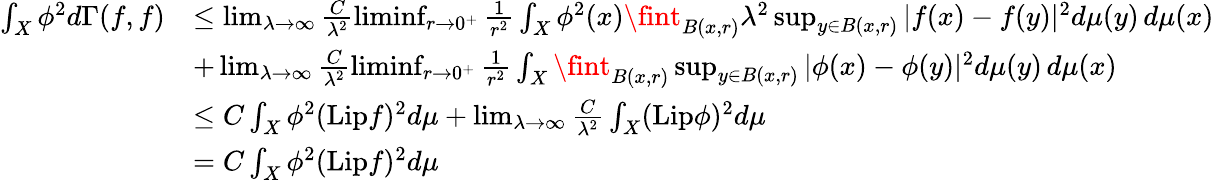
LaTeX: \begin{array}{rl}{\int_{X}\phi^{2}d\Gamma(f,f)}&{\leq\operatorname*{lim}_{\lambda\to\infty}\frac{C}{\lambda^{2}}\operatorname*{liminf}_{r\to 0^{+}}\frac{1}{r^{2}}\int_{X}\phi^{2}(x)\fint_{B(x,r)}\lambda^{2}\operatorname*{sup}_{y\in B(x,r)}|f(x)-f(y)|^{2}d\mu(y)\, d\mu(x)}\\ &{+\operatorname*{lim}_{\lambda\to\infty}\frac{C}{\lambda^{2}}\operatorname*{liminf}_{r\to 0^{+}}\frac{1}{r^{2}}\int_{X}\fint_{B(x,r)}\operatorname*{sup}_{y\in B(x,r)}|\phi(x)-\phi(y)|^{2}d\mu(y)\, d\mu(x)}\\ &{\leq C\int_{X}\phi^{2}(\mathrm{Lip}f)^{2}d\mu+\operatorname*{lim}_{\lambda\to\infty}\frac{C}{\lambda^{2}}\int_{X}(\mathrm{Lip}\phi)^{2}d\mu}\\ &{=C\int_{X}\phi^{2}(\mathrm{Lip}f)^{2}d\mu}\end{array}